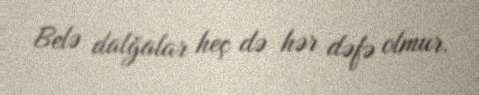
Belə dalğalar heç də hər dəfə olmur.